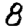
Digit: 8